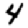
Digit: 4